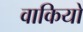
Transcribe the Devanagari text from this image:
वाकियो